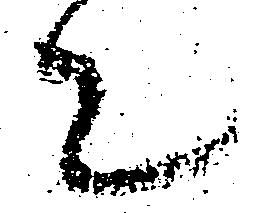
て